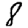
Digit: 8